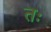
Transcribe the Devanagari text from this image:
तः